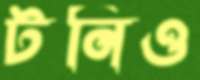
টনিও